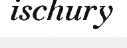
ischury